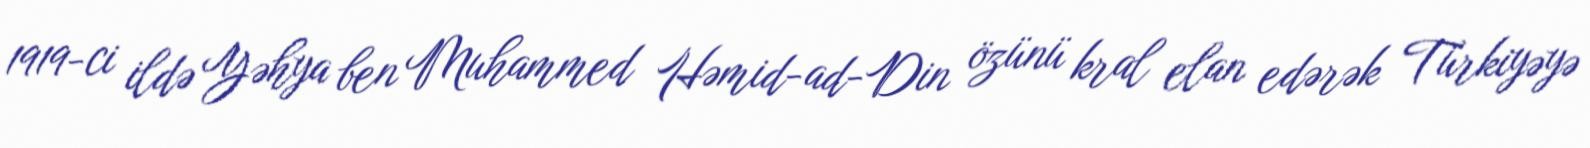
1919-ci ildə Yəhya ben Muhammed Həmid-ad-Din özünü kral elan edərək Türkiyəyə